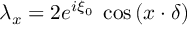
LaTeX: \lambda _ { x } = 2 e ^ { i \xi _ { 0 } } \; \cos { ( x \cdot \delta ) }